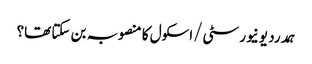
ہمدرد یونیورسٹی/اسکول کا منصوبہ بن سکتا تھا؟